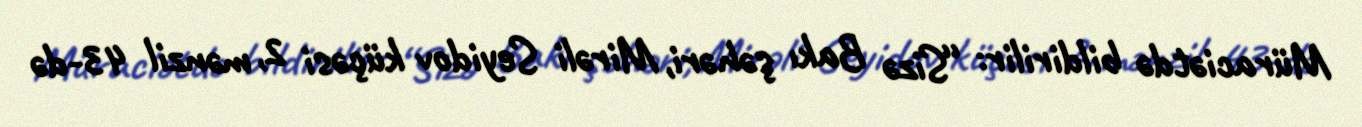
Müraciətdə bildirilir: “Sizə Bakı şəhəri, Mirəli Seyidov küçəsi 2, mənzil 43-də